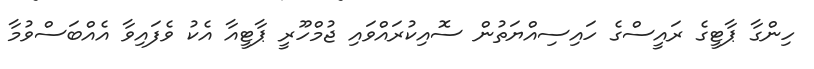
ހިންގާ ޕާޓީގެ ރައީސްގެ ހައިސިއްޔަތުން ސޮއިކުރައްވައި ޖުމްހޫރީ ޕާޓީއާ އެކު ވެފައިވާ އެއްބަސްވުމާ